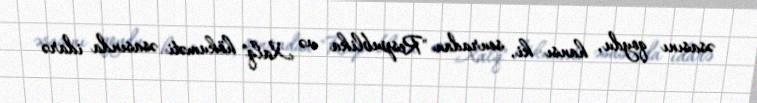
əsasını qoydu, hansı ki, sonradan "Respublika və Xalq" hökuməti əsasında idarə